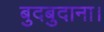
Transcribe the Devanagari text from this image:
बुदबुदाना।